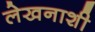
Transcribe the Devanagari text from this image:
लेखनाशी